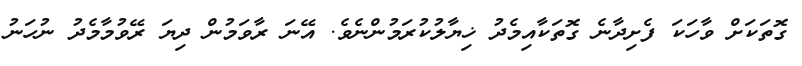
ގޮތަކަށް ވާހަކަ ފެށިދާނެ ގޮތަކާއިމެދު ޚިޔާލުކުރަމުންނެވެ. އޭނަ ރާވަމުން ދިޔަ ރޭވުމާމެދު ނުހަނު